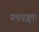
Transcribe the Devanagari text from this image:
प्लवङ्गाः